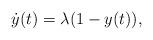
LaTeX: \begin{align*}\dot{y}(t)=\lambda (1-y(t)),\end{align*}